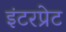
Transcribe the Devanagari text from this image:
इंटरप्रेट